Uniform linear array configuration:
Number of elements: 64
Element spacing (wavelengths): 1
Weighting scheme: exponential
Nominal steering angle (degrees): -15
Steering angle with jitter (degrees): -13.417
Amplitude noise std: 0.05
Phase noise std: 0.05

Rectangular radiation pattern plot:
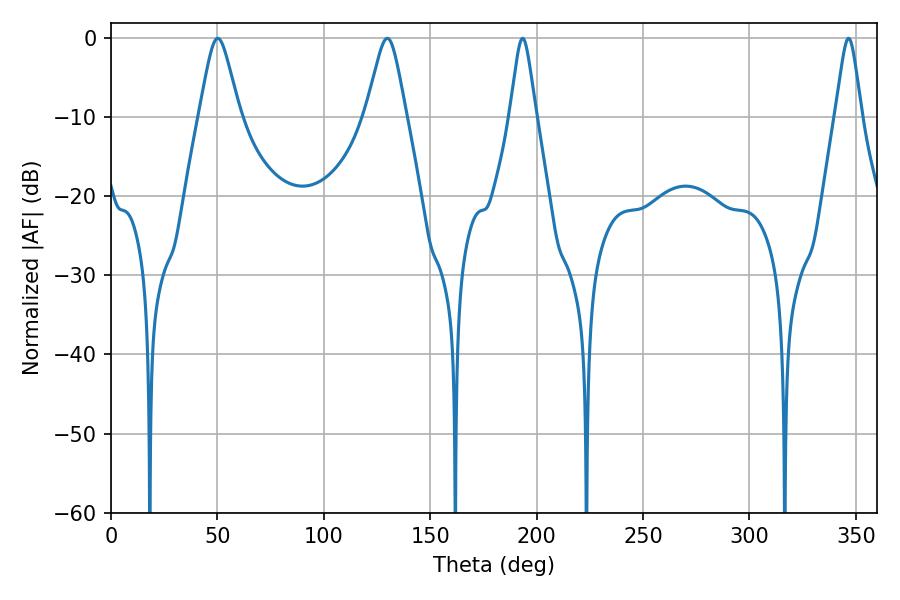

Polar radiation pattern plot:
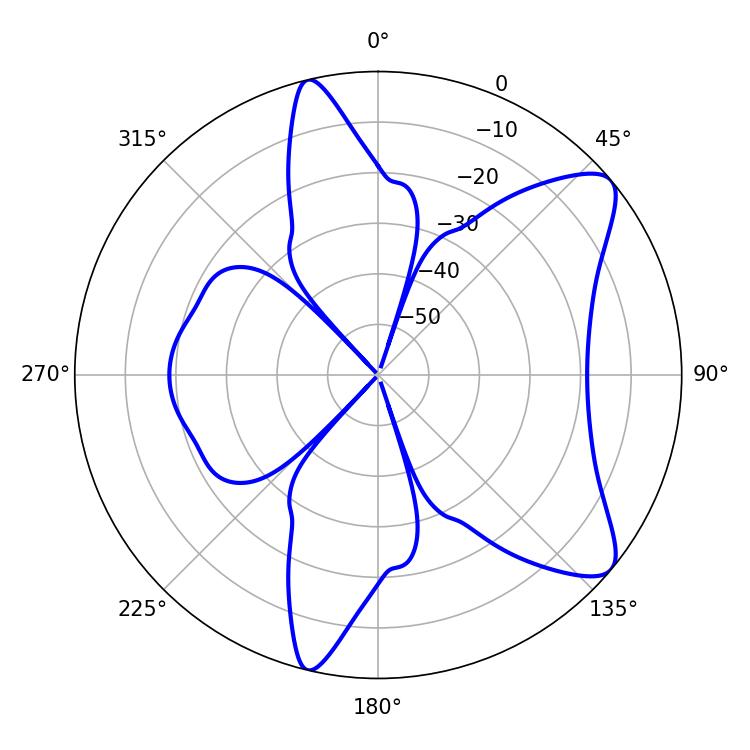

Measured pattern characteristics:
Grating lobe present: TRUE
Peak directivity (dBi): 9.143
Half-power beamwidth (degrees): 9
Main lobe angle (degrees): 50.22